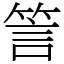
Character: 䇾